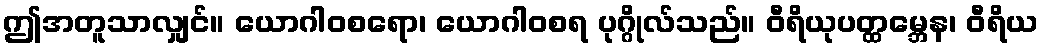
ဤအတူသာလျှင်။ ယောဂါဝစရော၊ ယောဂါဝစရ ပုဂ္ဂိုလ်သည်။ ဝီရိယုပတ္ထမ္ဘေန၊ ဝီရိယ